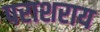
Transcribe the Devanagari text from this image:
पराशराय